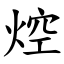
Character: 焢